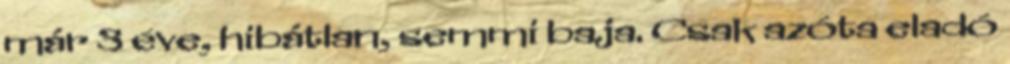
már 3 éve, hibátlan, semmi baja. Csak azóta eladó